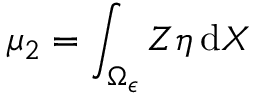
\mu _ { 2 } = \int _ { \Omega _ { \epsilon } } Z \eta \, \mathrm { d } X